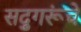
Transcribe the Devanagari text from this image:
सद्गुरूंचे